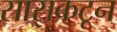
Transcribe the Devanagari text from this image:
सासकटून